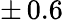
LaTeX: \pm\, 0.6\, \